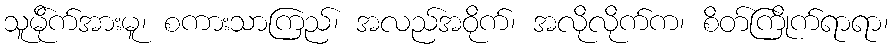
သူမို်က်အားမူ၊ စကားသာကြည်၊ အလည်အဝိုက်၊ အလိုလိုက်က၊ စိတ်ကြိုက်ရာရာ၊